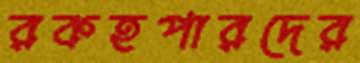
রকহপারদের